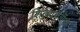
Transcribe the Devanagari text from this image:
शिल्पाकृतींची